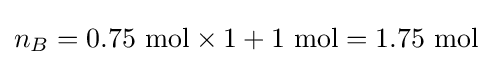
n_{B}=0.75\ {\text{mol}}\times 1+1\ {\text{mol}}=1.75\ {\text{mol}}